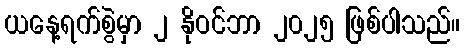
ယနေ့ရက်စွဲမှာ ၂ နိုဝင်ဘာ ၂၀၂၅ ဖြစ်ပါသည်။